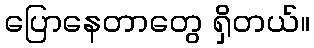
ပြောနေတာတွေ ရှိတယ်။